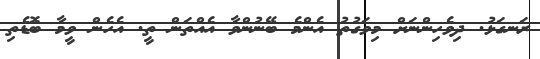
ރަނގަޅު. ދިވެހިންނަށް މިވަގުތު އެންމެ ބޭނުންވާ އެއްތަން ތީ. އެހެން ވީމާ ބޮޑެތި